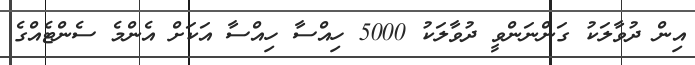
އިން ދުވާލަކު ގަންނަންވީ ދުވާލަކު 5000 ހިއްސާ ހިއްސާ އަކަށް އެންމެ ސެންޓެއްގެ